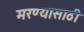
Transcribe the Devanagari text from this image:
मरण्यासाठी